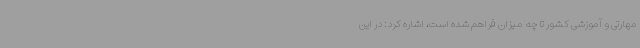
مهارتی و آموزشی کشور تا چه میزان فراهم شده است، اشاره کرد: در این